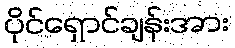
ပိုင်ရှောင်ချန်းအား